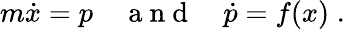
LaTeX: m\dot{x}=p\quad\mathrm{~a~n~d~}\quad\dot{p}=f(x)\; .